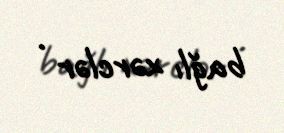
bağlı xərclər .